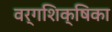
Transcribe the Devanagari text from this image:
वर्गशिक्षिका